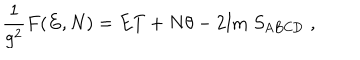
\frac { 1 } { g ^ { 2 } } F ( E , N ) = E T + N \theta - 2 \mathrm { I m } \; S _ { \mathrm { A B C D } } \; ,